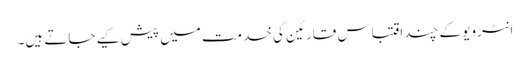
انٹرویو کے چند اقتباس قارئین کی خدمت میں پیش کیے جاتے ہیں۔